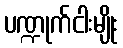
ပဏ္ဍုက်ငါးမျိုး